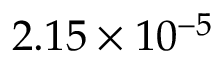
2 . 1 5 \times 1 0 ^ { - 5 }